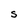
Character: S